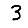
Digit: 3